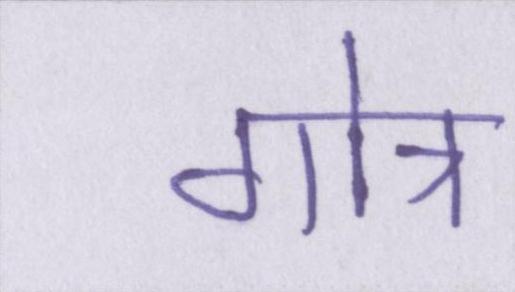
गोत्र